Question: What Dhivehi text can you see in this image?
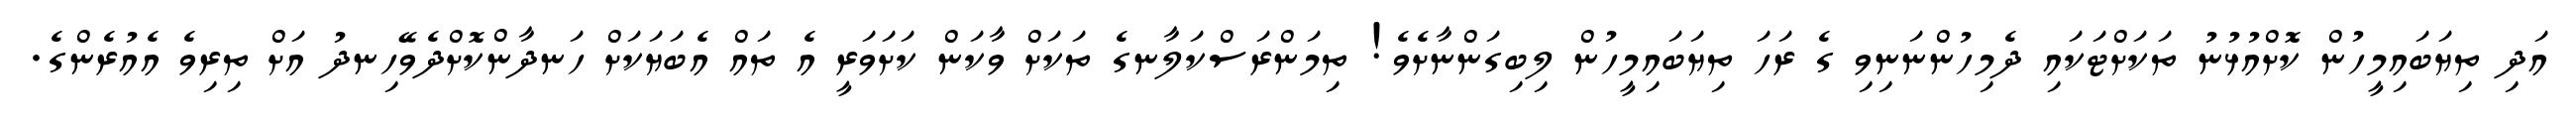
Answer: އަދި ތިޔަބައިމީހުން ކޮށްއުޅުނު ތަކަށްޓަކައި ދެމިހުންނަނިވި ގެ ރަހަ ތިޔަބައިމީހުން ލިބިގަންނާށެވެ! ތިމަންރަސްކަލާނގެ ތަކަށް ވާކަން ކަށަވަރީ އެ ތައް އެބަޔަކަށް ހަނދާންކޮށްދެވޭހިނދު އަށް ތިރިވެ އެއުރެންގެ.